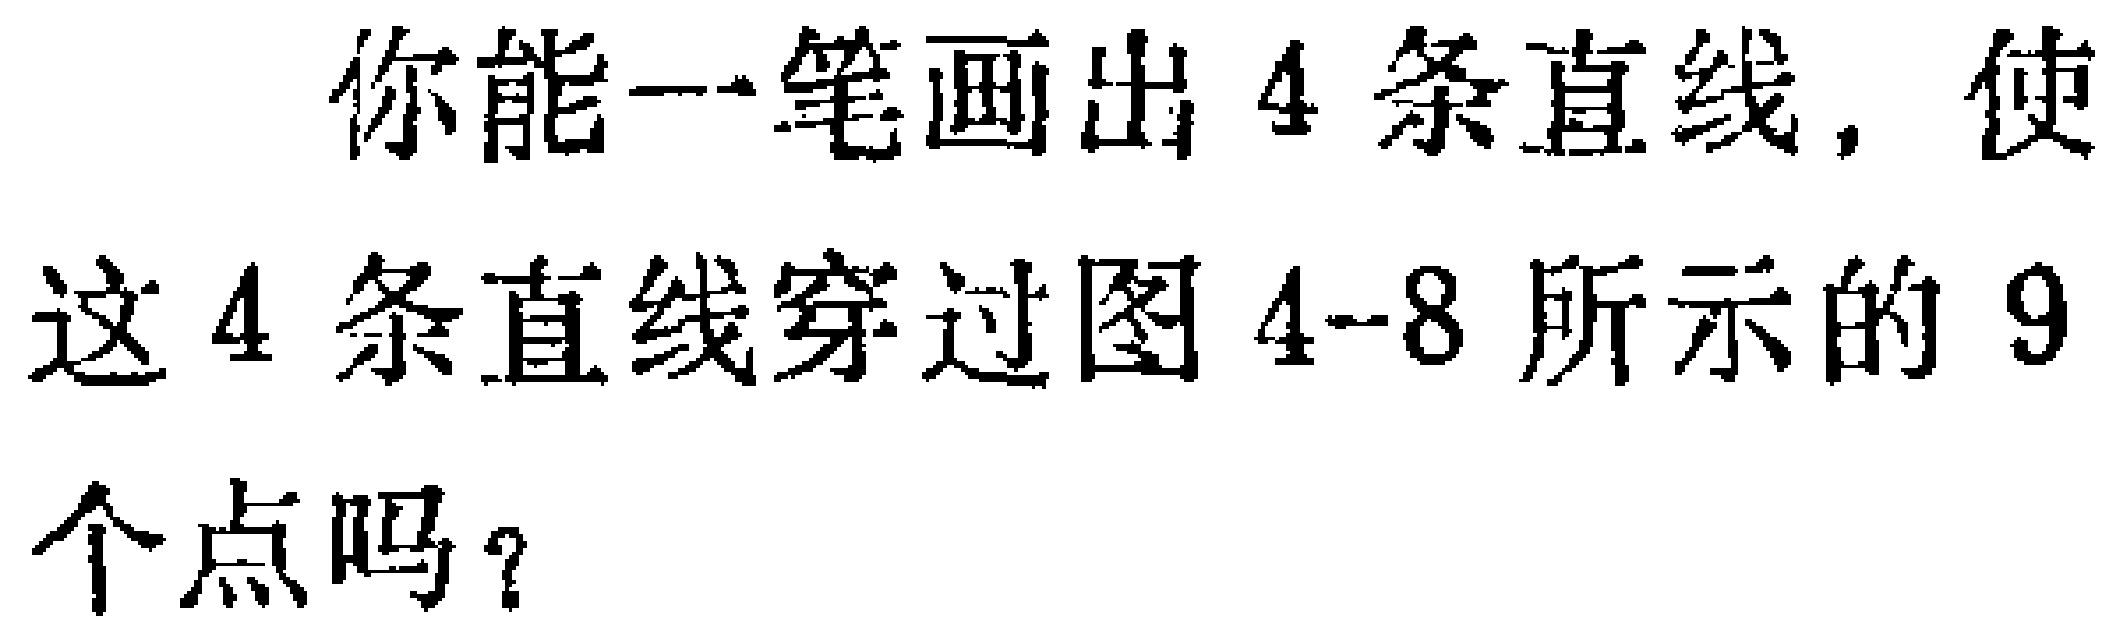
你能一笔画出4条直线，使这4条直线穿过图4-8所示的9个点吗？